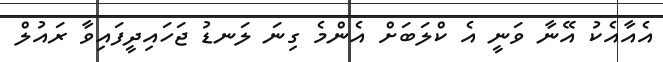
އެއާއެކު އޭނާ ވަނީ އެ ކްލަބަށް އެންމެ ގިނަ ލަނޑު ޖަހައިދީފައިވާ ރައުލް